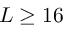
L \protect \geq 1 6